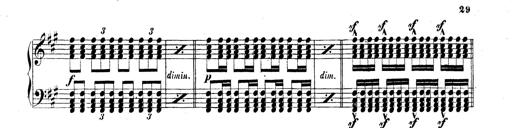
Title: Technische Studien
Composer: Franz Liszt